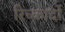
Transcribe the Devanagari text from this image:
रिच्कार्दो